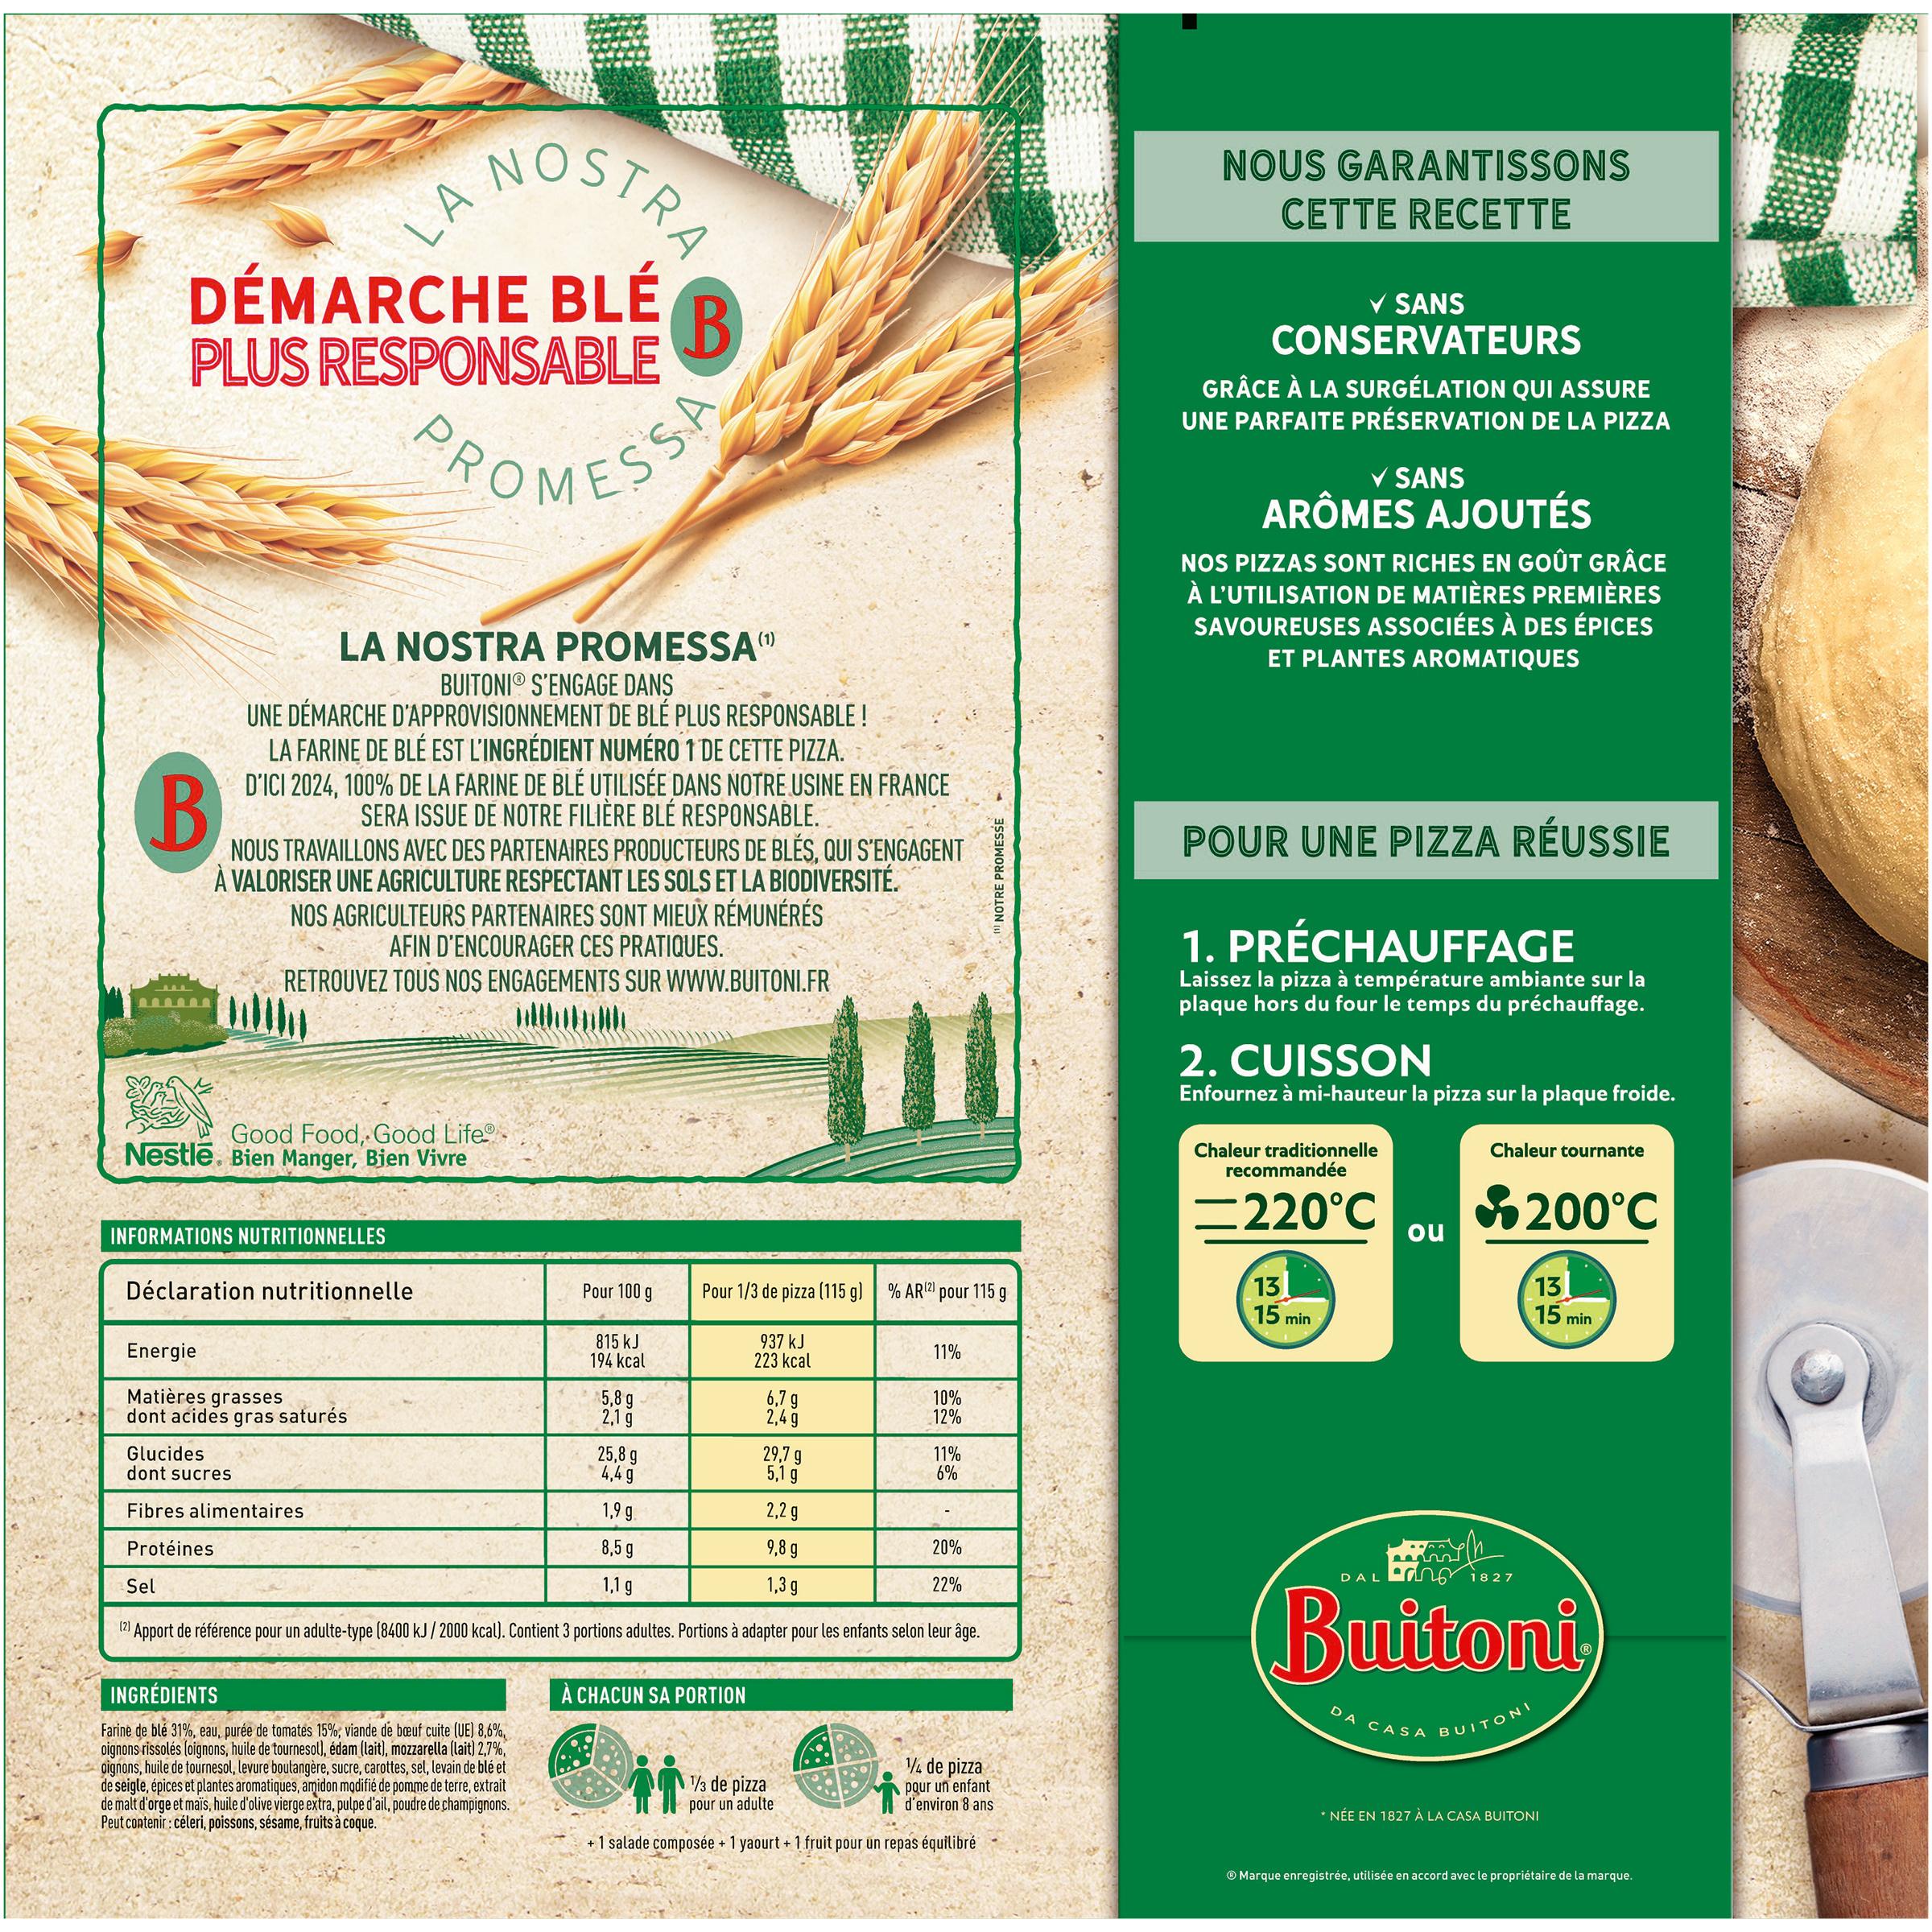
DAL Eang io27
NOSTRA
NOUS GARANTISSONS
LA DÉMARCHE BLÉ PLUS RESPONSABLE
CETTE RECETTE
SANS
CONSERVATEURS
GRÂCE À LA SURGÉLATION QUI ASSURE UNE PARFAITE PRÉSERVATION DE LA PIZZA
POMESS
V SANS ARÔMES AJOUTÉS
NOS PIZZAS SONT RICHES EN GOÛT GRÂCE À L'UTILISATION DE MATIÈRES PREMIÈRES SAVOUREUSES ASSOCIÉES À DES ÉPICES
LA NOSTRA PROMESSA" BUITONIO S'ENGAGE DANS UNE DÉMARCHE D'APPROVISIONNEMENT DE BLÉ PLUS RESPONSABLE ! LA FARINE DE BLÉ EST L'INGRÉDIENT NUMÉRO 1 DE CETTE PIZZA. D'ICI 2024, 100% DE LA FARINE DE BLÉ UȚILISÉE DANS NOTRE USINE EN FRANCE SERA ISSUE DE NOTRE FILIÈRE BLÉ RESPONSABLE. NOUS TRAVAILLONS AVEC DES PARTENAIRES PRODUCTEURS DE BLÉS, QUI S'ENGAGENT À VALORISER UNE AGRICULTURE RESPECTANT LES SOLS ET LA BIODIVERSITÉ. NOS AGRICULTEURS PARTENAIRES SONT MIEUX RÉMUNÉRÉS AFIN D'ENCOURAGER CES PRATIQUES. RETROUVEZ TOUS NOS ENGAGEMENTS SUR WWW.BUITONI.FR
(1)
ET PLANTES AROMATIQUES
POUR UNE PIZZA RÉUSSIE
1. PRÉCHAUFFAGE
Laissez la pizza à température ambiante sur la plaque hors du four le temps du préchauffage.
2. CUISSON
Enfournez à mi-hauteur la pizza sur la plaque froide.
Good Food, Good Life Nestlē. Bien Manger, Bien Vivre
Chaleur traditionnelle recommandée
Chaleur tournante
=220°C
200°C ou
INFORMATIONS NUTRITIONNELLES
13 15 min
13 15 min
Déclaration nutritionnelle
Pour 100 g
Pour 1/3 de pizza (115 g) % AR
pour 115 g
Energie
815 kJ 194 kcal
937 kJ 223 kcal
11%
Matières grasses dont acides gras saturés
5,8 g 2,1 g
6,7 g 2,4 g
10% 12%
Glucides dont sucres
25,8 g 4,4 g
29,7 g 5,1 g
11% 6%
Fibres alimentaires
1,9 g.
2,2 g
Protéines
8,5 g
9,8 g
20%
DAL
1827
Sel
1,1 g
1,3 g
22%
Buitoni
(2) Apport de référence pour un adulte-type (8400 kJ / 2000 kcal). Contient 3 portions adultes. Portions à adapter pour les enfants selon leur âge.
INGRÉDIENTS
À CHACUN SA PORTION
Farine de blé 31%, eau, purée de tomates 15%; viande de bœuf cuite (UE) 8,6%, oignons rissolés loignons, huile de tournesol), édam (lait), mozzarella (lait) 2,7%, oignons, huile de tournesol, levure boutangère, sucre, carottes, sel, levain de blé et de seigle, épices et plantes aromatiques, amidon mgdifié de pomme de terre, extrait de malt d'orge et maïs, huile d'olive vierge extra, pulpe d'ail, poudre de champignons. Peut contenir : céleri, poissons, sésame, fruits à coque.
CASA
BUITONI
¼ de pizza
3 de pizza
pour un enfant d'environ 8 ans
pour un adulte
* NÉE EN 1827 À LA CASA BUITONI
+ 1 salade composée + 1 yaourt + 1 fruit pour un repas équilibré
® Marque enregistrée, utilisée en accord avec le propriétaire de la marque.
1 NOTRE PROMESSE